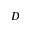
D